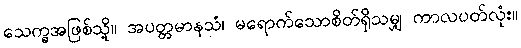
သေက္ခအဖြစ်သို့။ အပတ္တမာနသံ၊ မရောက်သောစိတ်ရှိသမျှ ကာလပတ်လုံး။